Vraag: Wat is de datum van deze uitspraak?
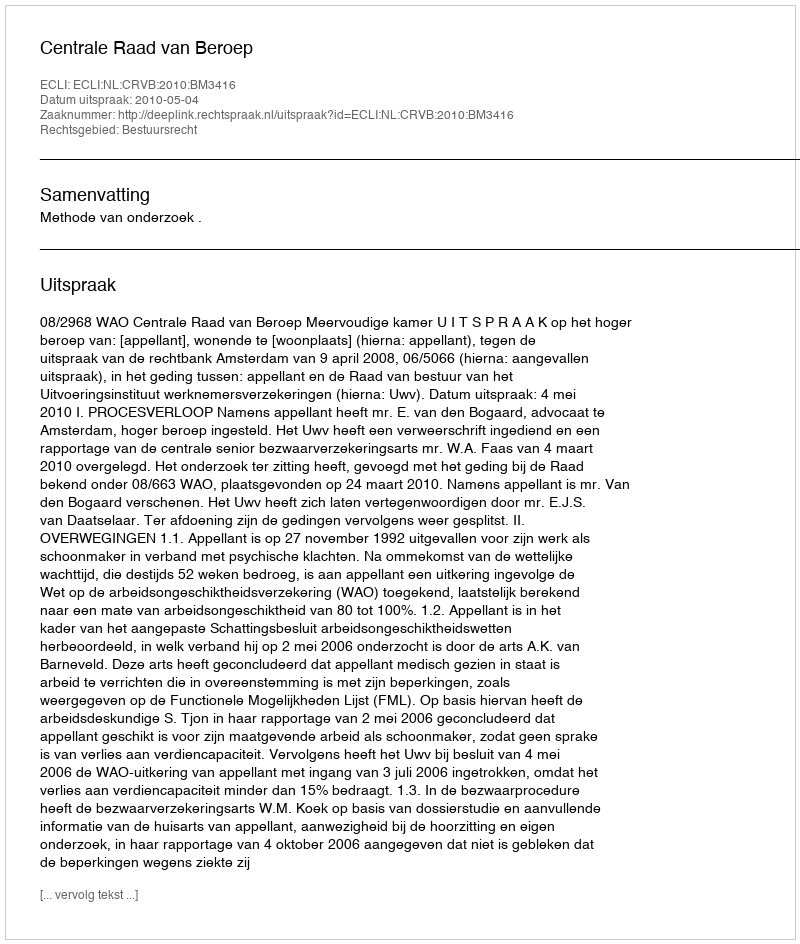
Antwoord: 2010-05-04